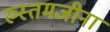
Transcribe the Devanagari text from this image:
रुस्तमजीना